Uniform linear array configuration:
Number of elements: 12
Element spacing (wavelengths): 0.5
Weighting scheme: exponential
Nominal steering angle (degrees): -15
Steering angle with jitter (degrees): -15.667
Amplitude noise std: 0.05
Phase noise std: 0.05

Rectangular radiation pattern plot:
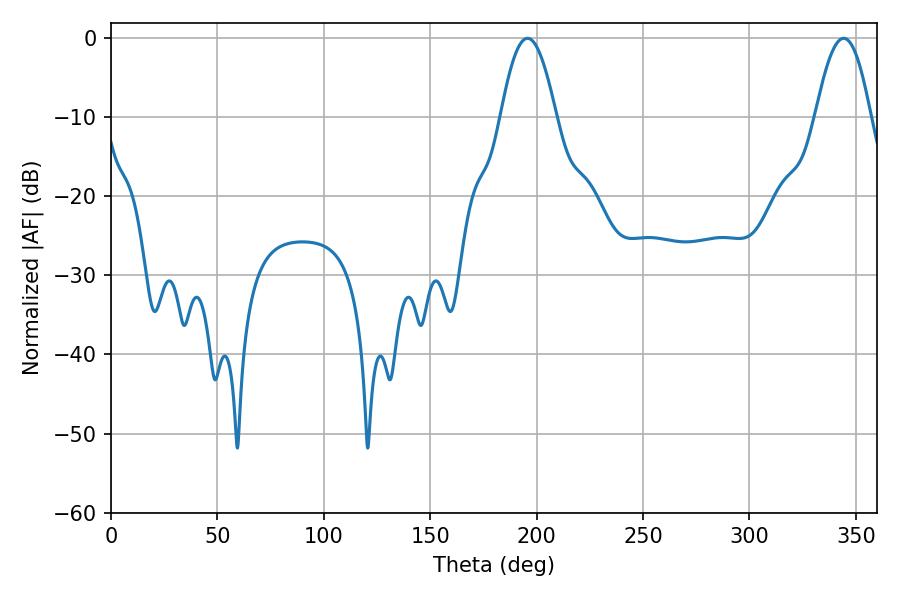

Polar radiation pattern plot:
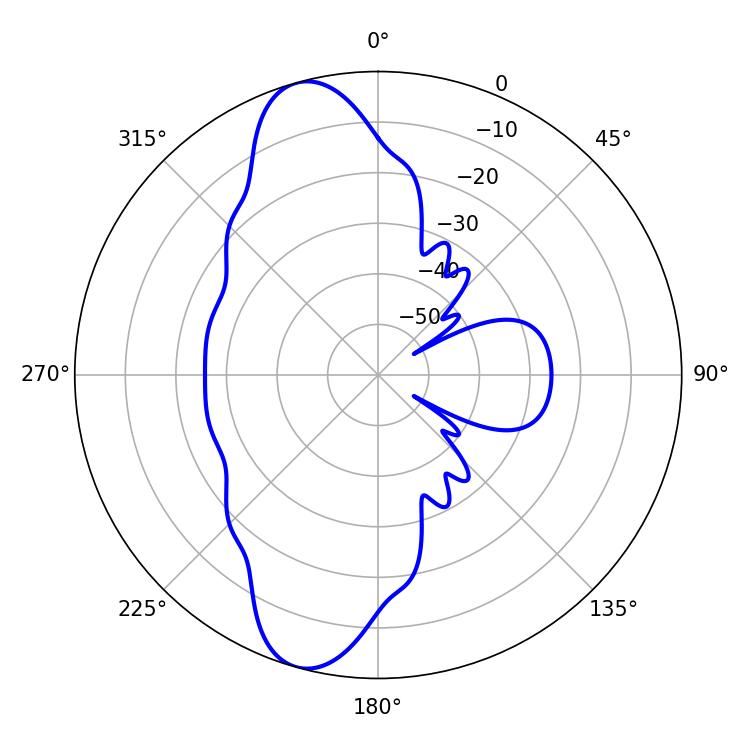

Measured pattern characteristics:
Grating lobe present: FALSE
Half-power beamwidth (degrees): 14.04
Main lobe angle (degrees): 195.66